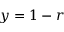
y = 1 - r